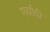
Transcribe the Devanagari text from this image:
मर्यादी